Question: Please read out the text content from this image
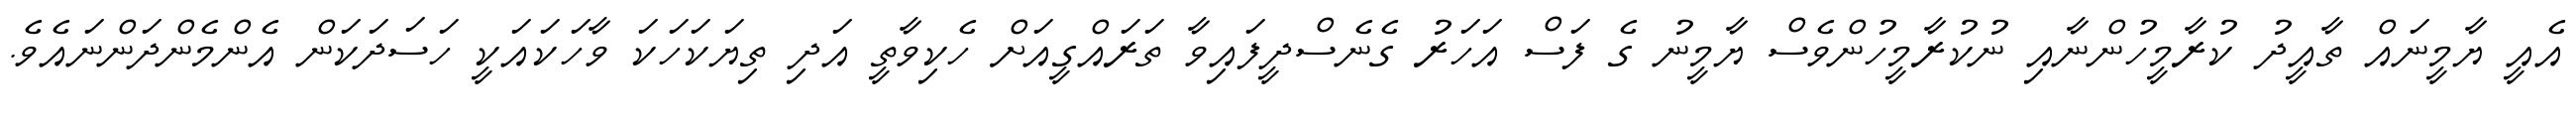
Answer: އެއީ ޔާމީނައް ތާއީދު ކުރާމީހުންނާއި ނުކުރާމީހުންވެސް ޔާމީނު ގެ ފަސް އަހަރު ގެނެސްދީފައިވާ ތަރައްގީއަށް ހެކިވާތީ އަދި ތިޔަކަހަކަ ވާހަކައަކީ ހަސަދަކަން އެންމެންދަންނައެވެ.